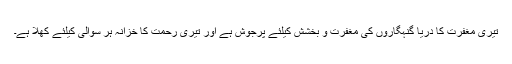
تیری مغفرت کا دریا گنہگاروں کی مغفرت و بخشش کیلئے پرجوش ہے اور تیری رحمت کا خزانہ ہر سوالی کیلئے کھلا ہے۔